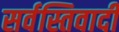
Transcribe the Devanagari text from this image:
सर्वस्तिवादी